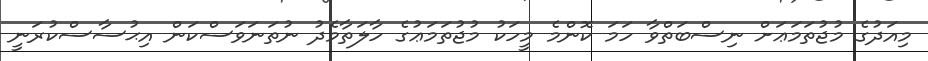
މިއަދުގެ މުޖުތަމަޢަށް ނިސްބަތްވާ ހަމަ ކޮންމެ މީހަކު މުޖުތަމަޢުގެ ހާލަތާމެދު ނުތަނަވަސްކަން އިޙުސާސްކުރަނީ